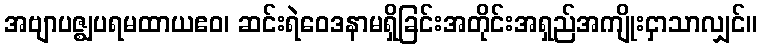
အဗျာပဇ္ဈပရမထာယဧဝ၊ ဆင်းရဲဝေဒနာမရှိခြင်းအတိုင်းအရှည်အကျိုးငှာသာလျှင်။